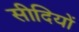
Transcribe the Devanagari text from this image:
सीदियों